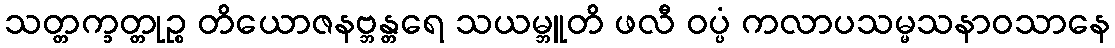
သတ္တက္ခတ္တုဉ္စ တိယောဇနဗ္ဘန္တရေ သယမ္ဘူတိ ဖလီ ဝပ္ပံ ကလာပသမ္မသနာဝသာနေ